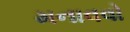
મનાવવો